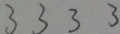
3 3 3 3